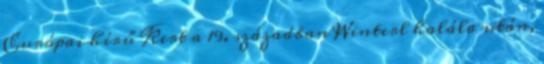
Európai hírű Kert a 19. században Winterl halála után,